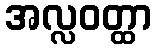
အလ္လဝတ္ထာ